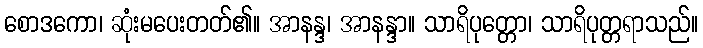
စောဒကော၊ ဆုံးမပေးတတ်၏။ အာနန္ဒ၊ အာနန္ဒာ။ သာရိပုတ္တော၊ သာရိပုတ္တရာသည်။